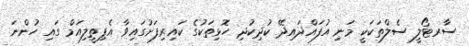
ސާރޓޯލީ ސެލްތަކަކީ މަނި އުފައްދައިދޭ ކުދިކުދި ހޮޅިތަކުގެ ކައިރިފަށުގައިވާ އެޕިތީލިއަމް ގައި ހުންނަ